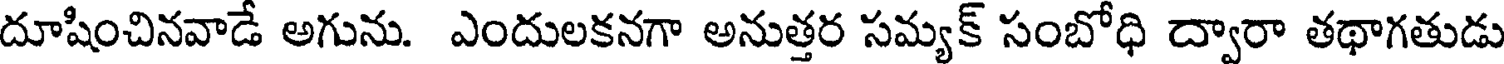
దూషించినవాడే అగును. ఎందులకనగా అనుత్తర సమ్యక్ సంబోధి ద్వారా తథాగతుడు